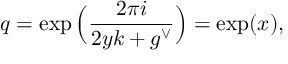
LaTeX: q = \exp \Big ( \frac { 2 \pi i } { 2 y k + g ^ { \vee } } \Big ) = \exp ( x ) ,